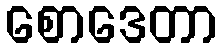
စောဒေတာ